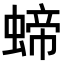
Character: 𧍝